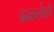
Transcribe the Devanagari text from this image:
ढळलेले